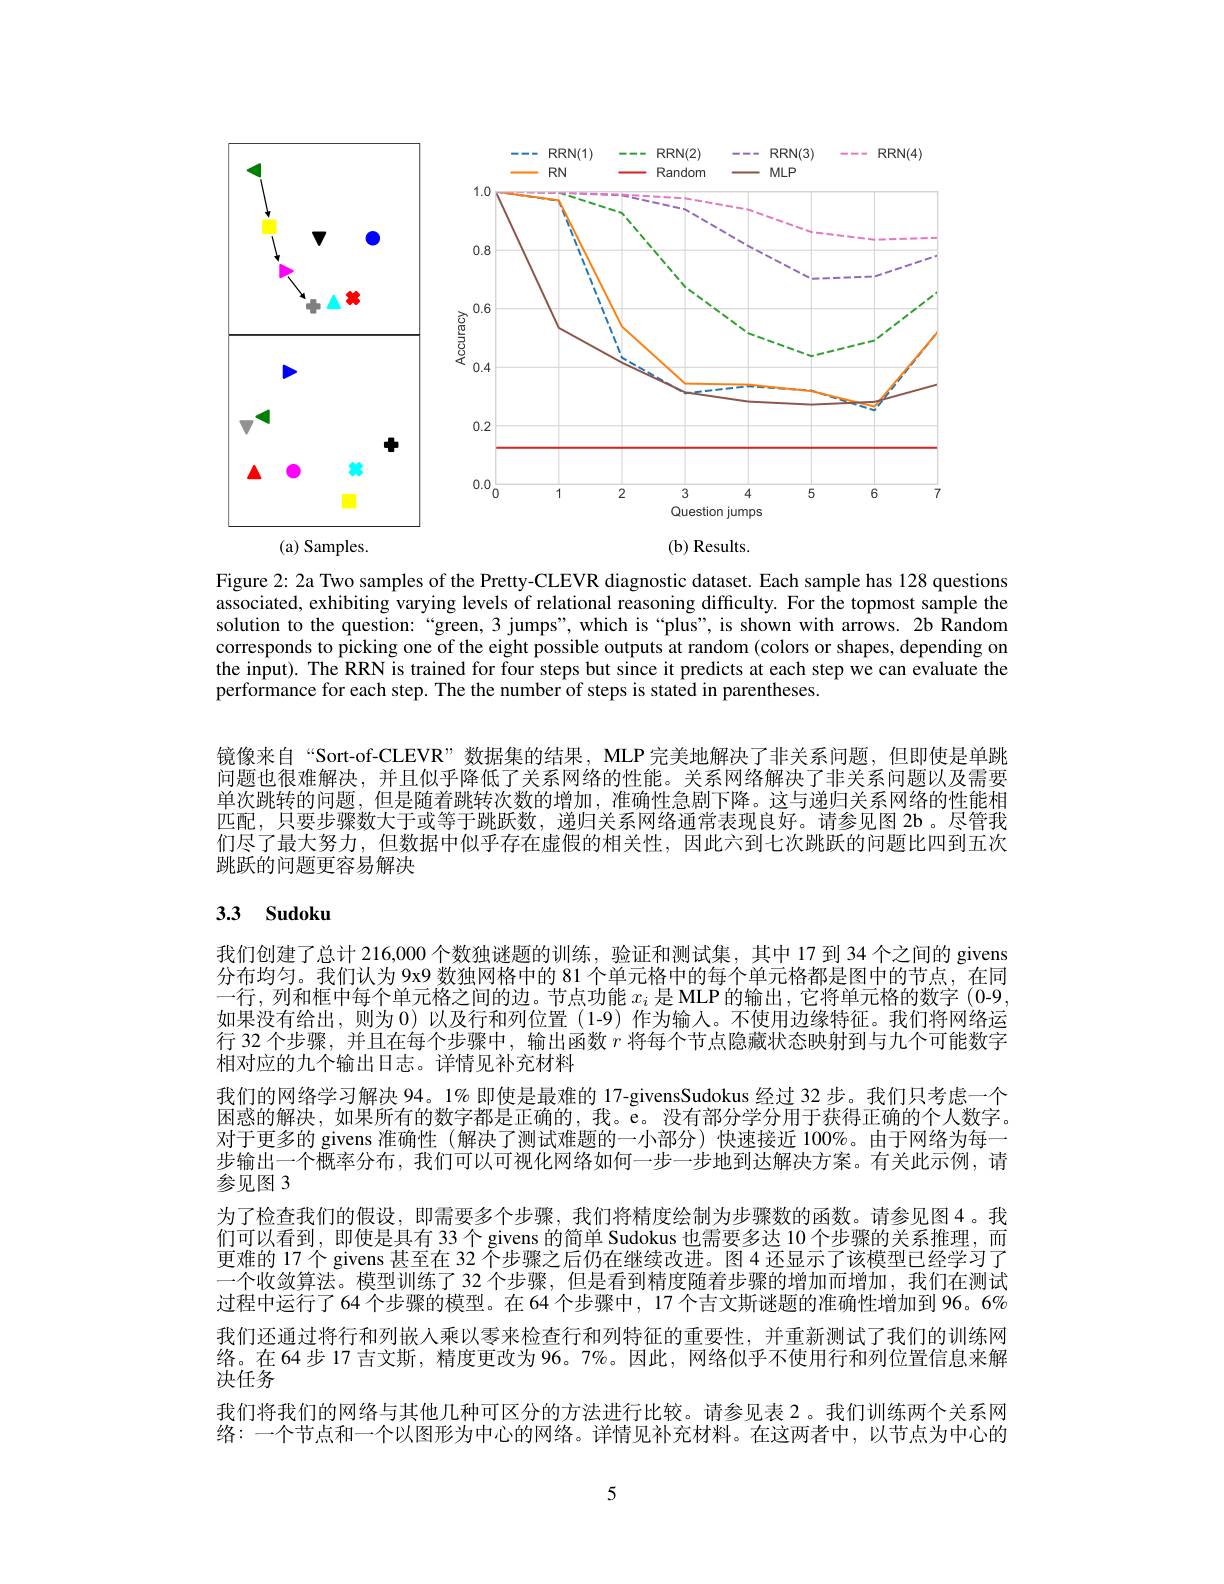
<FigureHere>

<FigureHere>
(a) Samples.

$(\mathbf{b})$ Results.

Figure 2: 2a Two samples of the Pretty-CLEVR diagnostic dataset. Each sample has 128 questions associated, exhibiting varying levels of relational reasoning difficulty. For the topmost sample the solution to the question:“green, 3 jumps", which is“plus”, is shown with arrows. 2b Random corresponds to picking one of the eight possible outputs at random (colors or shapes, depending on the input). The RRN is trained for four steps but since it predicts at each step we can evaluate the performance for each step. The the number of steps is stated in parentheses.

镜像来自“Sort-of-CLEVR”数据集的结果，MLP 完美地解决了非关系问题，但即使是单跳问题也很难解决，并且似乎降低了关系网络的性能。关系网络解决了非关系问题以及需要单次跳转的问题，但是随着跳转次数的增加，准确性急剧下降。这与递归关系网络的性能相匹配，只要步骤数大于或等于跳跃数，递归关系网络通常表现良好。请参见图 2b 。尽管我们尽了最大努力，但数据中似乎存在虚假的相关性，因此六到七次跳跃的问题比四到五次跳跃的问题更容易解决

# 3.3 Sudoku

我们创建了总计 216,000 个数独谜题的训练，验证和测试集，其中 17 到 34 个之间的 givens 分布均匀。我们认为 9x9 数独网格中的 81 个单元格中的每个单元格都是图中的节点，在同一行，列和框中每个单元格之间的边。节点功能$x_i$是MLP的输出，它将单元格的数字(0-9) 如果没有给出，则为0)以及行和列位置(1-9)作为输入。不使用边缘特征。我们将网络运行 32 个步骤，并且在每个步骤中，输出函数$r$将每个节点隐藏状态映射到与九个可能数字相对应的九个输出日志。详情见补充材料
我们的网络学习解决 94。1% 即使是最难的 17-givensSudokus 经过 32 步。我们只考虑一个困惑的解决，如果所有的数字都是正确的，我。e。没有部分学分用于获得正确的个人数字。对于更多的 givens 准确性 (解决了测试难题的一小部分) 快速接近 100%。由于网络为每一步输出一个概率分布，我们可以可视化网络如何一步一步地到达解决方案。有关此示例，请参见图 3
为了检查我们的假设，即需要多个步骤，我们将精度绘制为步骤数的函数。请参见图4。我们可以看到，即使是具有 33个 givens 的简单 Sudokus 也需要多达 10 个步骤的关系推理，而更难的 17个 givens 甚至在 32 个步骤之后仍在继续改进。图 4 还显示了该模型已经学习了一个收敛算法。模型训练了 32 个步骤，但是看到精度随着步骤的增加而增加，我们在测试过程中运行了64 个步骤的模型。在 64 个步骤中，17 个吉文斯谜题的准确性增加到 96。6% 我们还通过将行和列嵌人乘以零来检查行和列特征的重要性，并重新测试了我们的训练网络。在64步 17 吉文斯，精度更改为 96。7%。因此，网络似乎不使用行和列位置信息来解决任务
我们将我们的网络与其他几种可区分的方法进行比较。请参见表 2。我们训练两个关系网络：一个节点和一个以图形为中心的网络。详情见补充材料。在这两者中，以节点为中心的

5